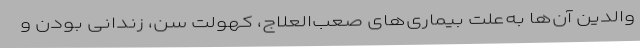
والدین آن‌ها به‌علت بیماری‌های صعب‌العلاج، کهولت سن، زندانی بودن و